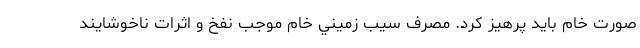
صورت خام بايد پرهيز كرد. مصرف سيب زميني خام موجب نفخ و اثرات ناخوشايند